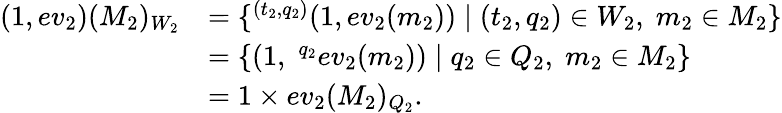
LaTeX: \begin{array}{rl}{(1,ev_{2})(M_{2})_{W_{2}}}&{=\{ ^{(t_{2},q_{2})}(1,ev_{2}(m_{2}))\mid(t_{2},q_{2})\in W_{2},\; m_{2}\in M_{2}\} }\\ &{=\{ (1,\; ^{q_{2}}ev_{2}(m_{2}))\mid q_{2}\in Q_{2},\; m_{2}\in M_{2}\} }\\ &{=1\times ev_{2}(M_{2})_{Q_{2}}.}\end{array}